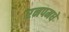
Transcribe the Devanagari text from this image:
रनपमधे